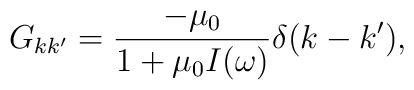
G_{kk'}=\frac{-\mu_{0}}{1+\mu_{0}I(\omega)}\delta(k-k'),